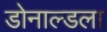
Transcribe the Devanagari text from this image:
डोनाल्डला